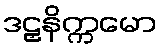
ဒဠှနိက္ကမော